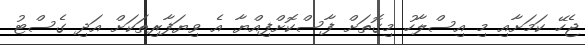
ޖެހޭ ކަމަށާއި މި އިސްލާހު މިގޮތަށް ފާސްކޮށްފިއްޔާ އެ ވިޔަފާރިތަކަށް އަދި ގެސްޓު